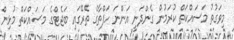
މިވަގުތު މަސައްކަތް ކުރަމުން ގެންދަނީ އަންނަ ހަފްތާގެ ތެރޭގައި ބަޖެޓްގެ މަސައްކަތް މުޅިން